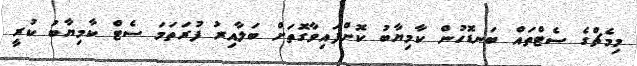
މިމެޗްގެ ސެޓްތައް ބަނޑޮހުން ކާމިޔާބު ކޮށްފައިވާގޮތަށް ބަލާއިރު ފުރަތަމަ ސެޓް ކާމިޔާބު ކުރީ